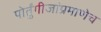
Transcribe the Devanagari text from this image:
पोर्तुंगीजांप्रमाणेच